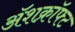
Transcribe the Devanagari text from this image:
ॲशक्रॉफ्ट